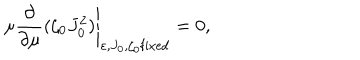
\mu \left. \frac { \partial } { \partial \mu } ( \zeta _ { 0 } J _ { 0 } ^ { 2 } ) \right| _ { \varepsilon , J _ { 0 } , \zeta _ { 0 } \mathrm { f i x e d } } = 0 ,